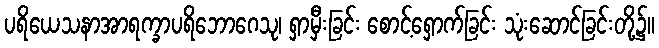
ပရိယေသနာအာရက္ခာပရိဘောဂေသု၊ ရှာမှီးခြင်း စောင့်ရှောက်ခြင်း သုံးဆောင်ခြင်းတို့၌။